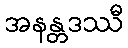
အနန္တဒဿီ